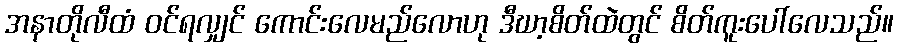
အနာတိုလီထံ ဝင်ရလျှင် ကောင်းလေမည်လောဟု ဒီဃာ့စိတ်ထဲတွင် စိတ်ကူးပေါ်လေသည်။